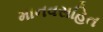
માનવસહિત